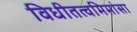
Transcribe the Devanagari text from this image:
विधीतत्वमिमांसा